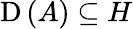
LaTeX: \operatorname{D}\left(A\right)\subseteq H